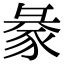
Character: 𧱈